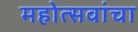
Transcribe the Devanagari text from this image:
महोत्सवांचा